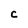
Character: C